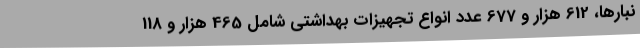
نبارها، 612 هزار و 677 عدد انواع تجهیزات بهداشتی شامل 465 هزار و 118